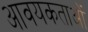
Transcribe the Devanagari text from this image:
आवयकताओं